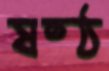
ষষ্ঠ